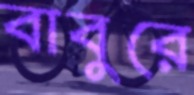
বাবুরে